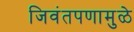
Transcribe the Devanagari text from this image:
जिवंतपणामुळे